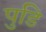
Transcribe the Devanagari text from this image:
पुडि